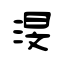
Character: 渂